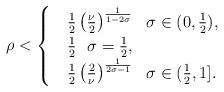
LaTeX: \begin{align*} \rho< \begin{cases}& \frac{1}{2} \left( \frac{\nu}{2} \right)^{\frac{1}{1-2 \sigma}}\ \ \sigma \in (0, \frac{1}{2}), \\& \frac{1}{2} \ \ \sigma=\frac{1}{2}, \\& \frac{1}{2} \left( \frac{2}{\nu} \right)^{\frac{1}{2 \sigma-1}}\ \ \sigma \in (\frac{1}{2},1].\end{cases}\end{align*}